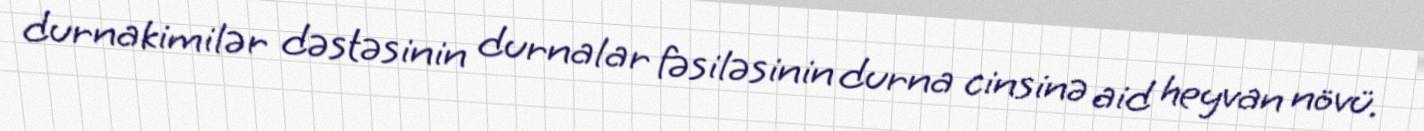
durnakimilər dəstəsinin durnalar fəsiləsinin durna cinsinə aid heyvan növü.